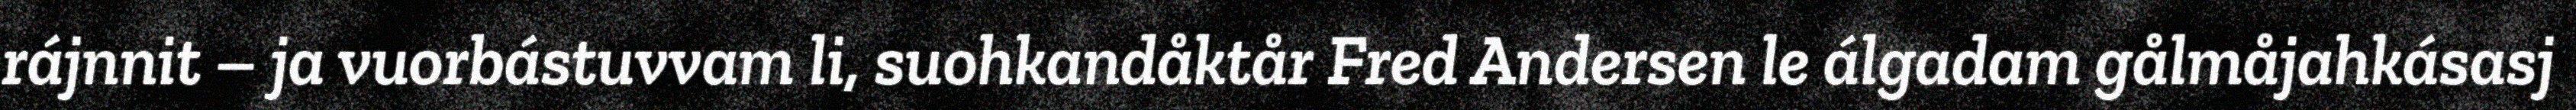
rájnnit – ja vuorbástuvvam li, suohkandåktår Fred Andersen le álgadam gålmåjahkásasj